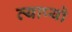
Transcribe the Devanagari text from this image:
व्याप्यो